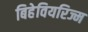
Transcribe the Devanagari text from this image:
बिहेवियरिज्म